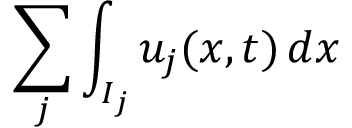
\sum _ { j } \int _ { I _ { j } } u _ { j } ( x , t ) \mathop { d x }